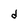
Character: d